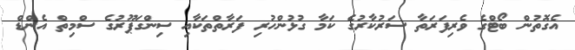
އެގޮތުން ބޯޓްގެ ވެރިފަރަތާ ސަރުކާރުގެ ކަމާ ގުޅުންހުރި ފަރާތްތަކާއި ސިންގަޕޫރުގެ ސްމިތް އެންޑް